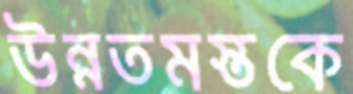
উন্নতমস্তকে